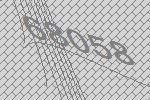
68058